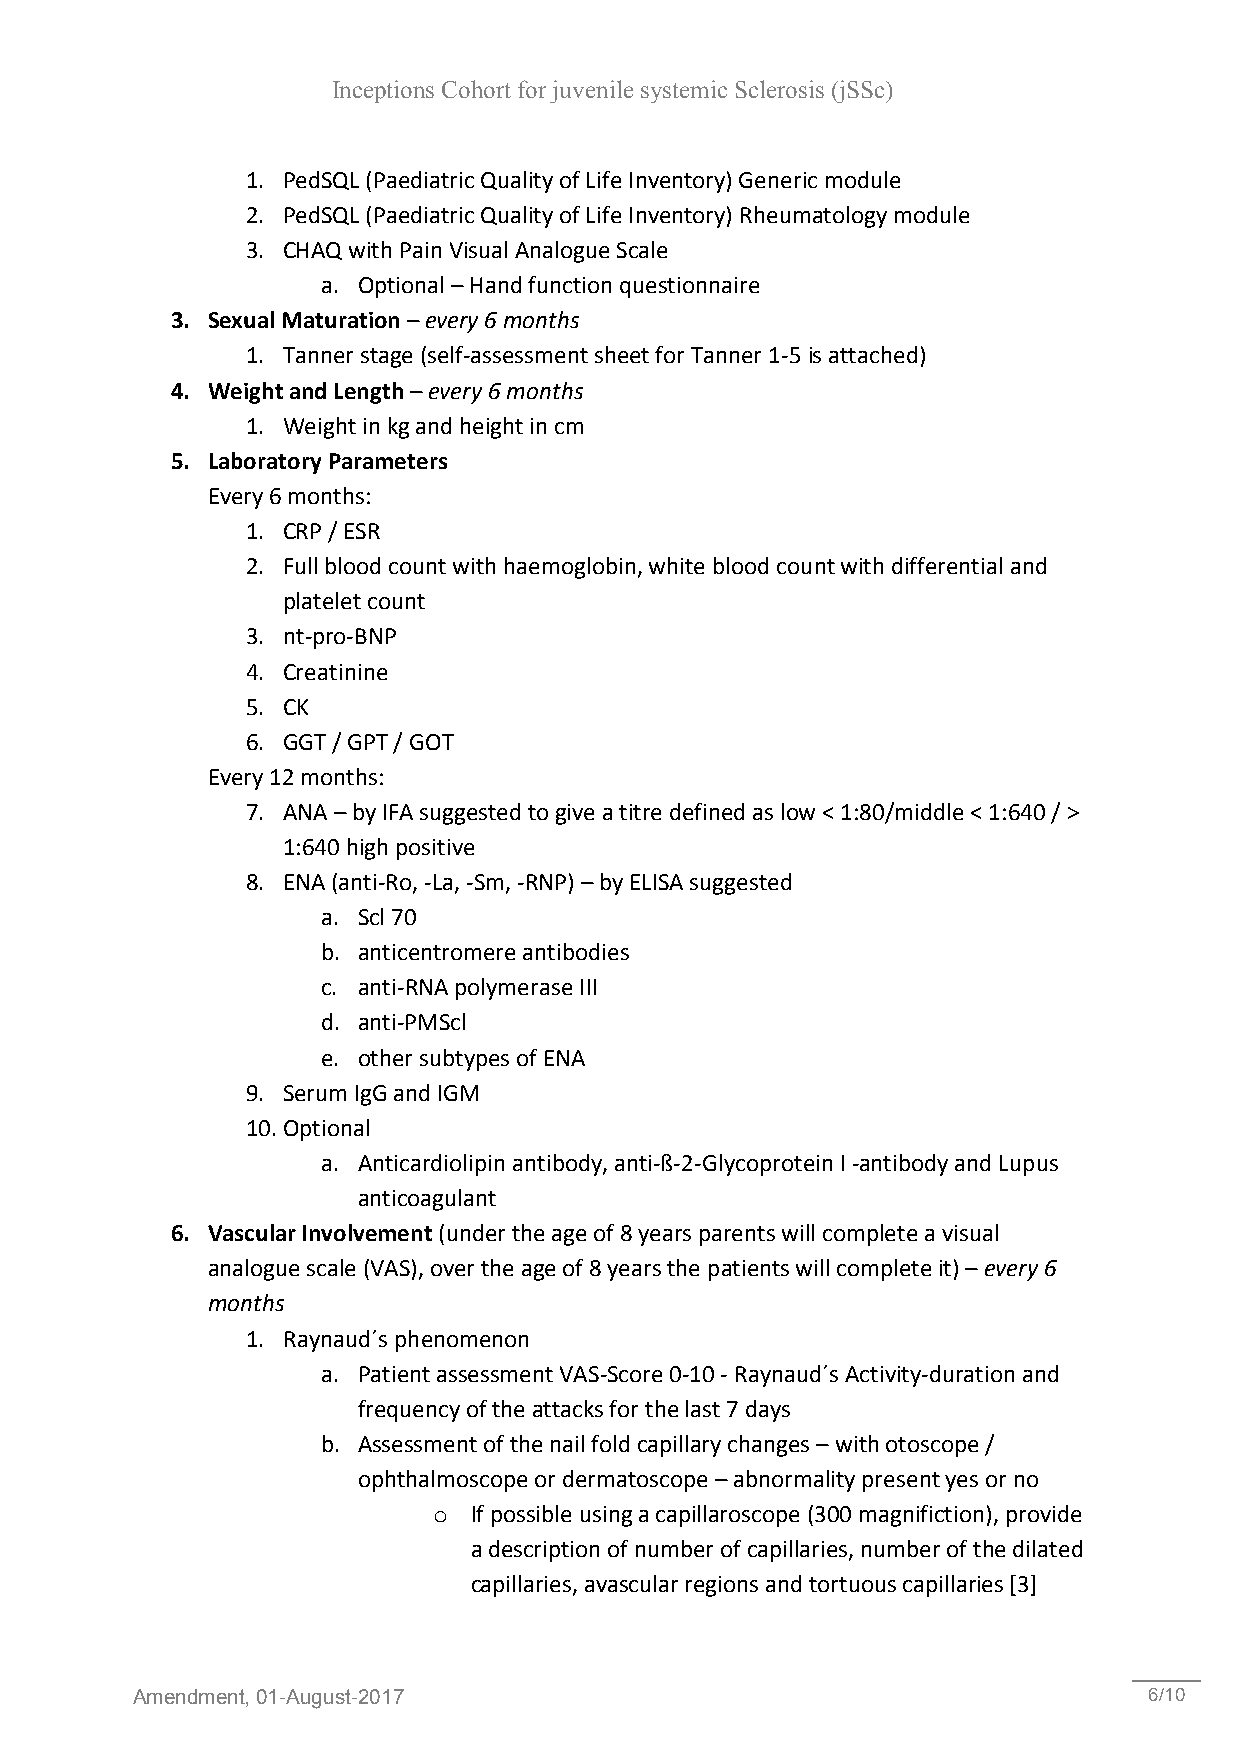
Inceptions Cohort for juvenile systemic Sclerosis (jSSc)
 1. PedSQL (Paediatric Quality of Life Inventory) Generic module
 2. PedSQL (Paediatric Quality of Life Inventory) Rheumatology module
 3. CHAQ with Pain Visual Analogue Scale
 a. Optional – Hand function questionnaire
 3. Sexual Maturation – every 6 months
 1. Tanner stage (self-assessment sheet for Tanner 1-5 is attached)
 4. Weight and Length – every 6 months
 1. Weight in kg and height in cm
 5. Laboratory Parameters
 Every 6 months:
 1. CRP / ESR
 2. Full blood count with haemoglobin, white blood count with differential and
 platelet count
 3. nt-pro-BNP
 4. Creatinine
 5. CK
 6. GGT / GPT / GOT
 Every 12 months:
 7. ANA – by IFA suggested to give a titre defined as low < 1:80/middle < 1:640 / >
 1:640 high positive
 8. ENA (anti-Ro, -La, -Sm, -RNP) – by ELISA suggested
 a. Scl 70
 b. anticentromere antibodies
 c. anti-RNA polymerase III
 d. anti-PMScl
 e. other subtypes of ENA
 9. Serum IgG and IGM
 10. Optional
 a. Anticardiolipin antibody, anti-ß-2-Glycoprotein I -antibody and Lupus
 anticoagulant
 6. Vascular Involvement (under the age of 8 years parents will complete a visual
 analogue scale (VAS), over the age of 8 years the patients will complete it) – every 6
 months
 1. Raynaud´s phenomenon
 a. Patient assessment VAS-Score 0-10 - Raynaud´s Activity-duration and
 frequency of the attacks for the last 7 days
 b. Assessment of the nail fold capillary changes – with otoscope /
 ophthalmoscope or dermatoscope – abnormality present yes or no
 o If possible using a capillaroscope (300 magnifiction), provide
 a description of number of capillaries, number of the dilated
 capillaries, avascular regions and tortuous capillaries [3]
 Amendment, 01-August-2017                                          6/10